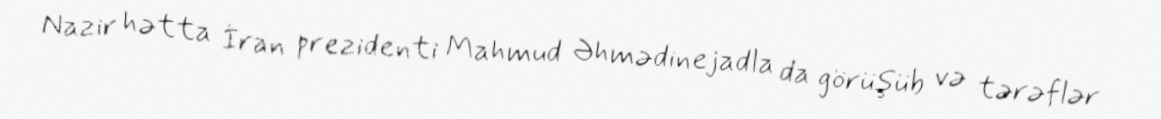
Nazir hətta İran prezidenti Mahmud Əhmədinejadla da görüşüb və tərəflər